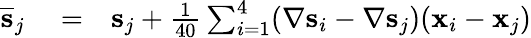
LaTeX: \begin{array}{rlr}{\overline{{\mathbf s}}_{j}}&{{}=}&{{\mathbf s}_{j}+\frac{1}{40}\sum_{i=1}^{4}(\nabla{\mathbf s}_{i}-\nabla{\mathbf s}_{j})({\mathbf x}_{i}-{\mathbf x}_{j})}\end{array}